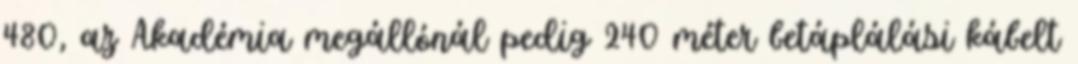
480, az Akadémia megállónál pedig 240 méter betáplálási kábelt